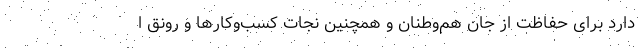
دارد برای حفاظت از جان هم‌وطنان و همچنین نجات کسب‌وکارها و رونق ا